Tezpur Lunatic Asylum reports 1895-1904 - 1895-1904
Year: 1895
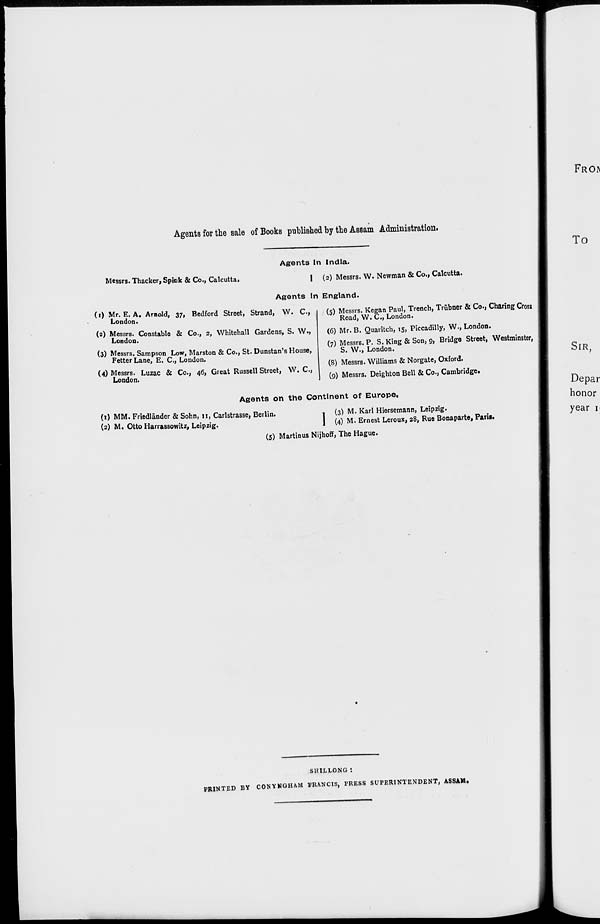
Agents for the sale of Books published by the Assam Administration.
Messrs. Thacker, Spitik & Co., Calcutta.
Agents In India.
1 (2) Messrs. W. Newman & Co., Calcutta.
Agents In England.
(i) Mr. E. A. Arnold, 37, Bedford Street, Strand, W. C,
London.
(2) Messrs. Constable & Co., 2, Whitehall Gardens, S. W.,
London.
(3) Messrs. Sampson Low, Marston & Co., St. Dunstan's House,
Fetter Lane, E. C, London.
(4) Messrs. Luzac & Co., 46, Great Russell Street, W. C,
London.
(5) Messrs. Kegan Paul, Trench, Trubner & Co., Charing Grosi
Road, W. C, London.
(6) Mr. B. Quaritch, 15, Piccadilly, W., London.
( 7 ) Messrs. P. S. King & Son, 9, Bridge Street, Westminster,
S. W., London.
(8) Messrs. Williams & Norgate, Oxford.
(9) Messrs. Deighton Bell & Co., Cambridge.
Agents on the Continent of Europe,
(1) MM. Friedlander & Sohn, II, Carlstrasse, Berlin.
(2) M. Otto Harrassowitz, Leipzig.
(5) Martinus Nijhoff, The Hague
1(3) M. Karl Hiersemann, Leipzig.
(4) M. Ernest Leroux, 28, Rue Bonaparte, Paris.
SHILLONG '.
PRINTED BY CONYKGHAM BRANCIS, PRESS SUPERINTENDENT, ASSAM.